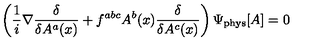
\left( \frac { 1 } { i } \nabla \frac { \delta } { \delta A ^ { a } ( x ) } + f ^ { a b c } A ^ { b } ( x ) \frac { \delta } { \delta A ^ { c } ( x ) } \right) \Psi _ { \mathrm { p h y s } } [ A ] = 0